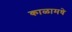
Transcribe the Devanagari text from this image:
काळामधे